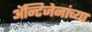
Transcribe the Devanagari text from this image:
अॅन्टिजेनांच्या